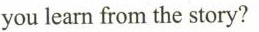
you learn from the story?